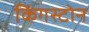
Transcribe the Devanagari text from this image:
किंगस्टोन